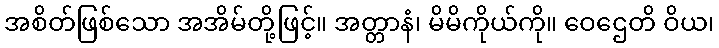
အစိတ်ဖြစ်သော အအိမ်တို့ဖြင့်။ အတ္တာနံ၊ မိမိကိုယ်ကို။ ဝေဌေတိ ဝိယ၊